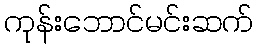
ကုန်းဘောင်မင်းဆက်